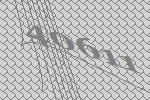
40611